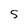
Character: 5